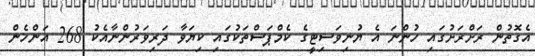
އެގޮތުން ރަށްރަށުގައި ހުންނަ އެ ޔުނިވަސިޓީގެ ކެމްޕަސްތަކުގައި ކިޔަވާ ދަރިވަރުންނާއެކު 268 އަންހެން